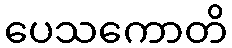
ပေသကောတိ